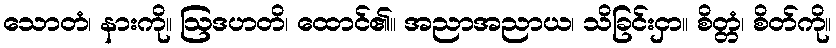
သောတံ၊ နားကို။ ဩဒဟတိ၊ ထောင်၏။ အညာအညာယ၊ သိခြင်းငှာ။ စိတ္တံ၊ စိတ်ကို။